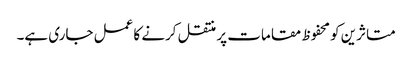
متاثرین کو محفوظ مقامات پر منتقل کرنے کا عمل جاری ہے۔